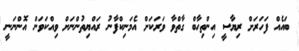
ބައެއް ފަހަރަށް ރިޔާސީ އިންތިހާބް ގާތްވާ ވަރަކަށް އެމަނިކްފާނު ރައްޔިތުންނަށް ވިއްކަވަން އޮންނަނީ